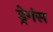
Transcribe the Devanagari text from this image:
ड्रेगंस